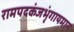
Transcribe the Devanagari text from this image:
रामपदकंजभृंगायमान